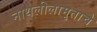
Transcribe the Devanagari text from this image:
नाथलीलामृताचे